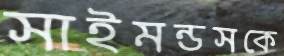
সাইমন্ডসকে